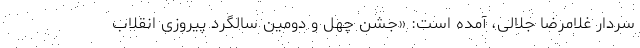
سردار غلامرضا جلالی، آمده است: «جشن چهل و دومین سالگرد پیروزی انقلاب